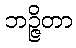
ဘဉ္ဇိတာ